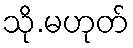
သို.မဟုတ်